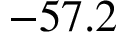
- 5 7 . 2